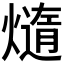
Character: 𪹴